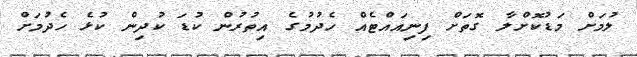
ލުމަށް މަޑުކޮށްލާ ގޮތަށް ފިނިއައްޓެއް ހެދުމުގެ އިތުރުން ކުޑަ ކުދިން ކުޅެ ހެދުމަށް